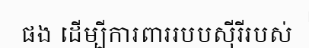
ផង ដើម្បីការពាររបបស៊ីរីរបស់